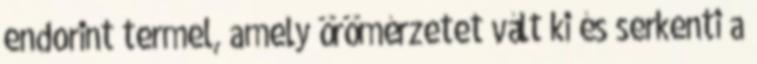
endorint termel, amely örömérzetet vált ki és serkenti a